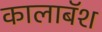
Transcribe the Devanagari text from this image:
कालाबॅश